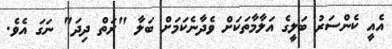
އެއީ ކެންސަރު ބަލީގެ އަލާމާތަކަށް ވެދާނެކަމަށް ބަލާ "ރަތް ދިދަ" ނަގަ އެވެ.